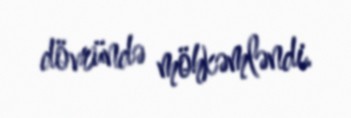
dövründə möhkəmləndi.